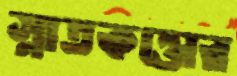
স্নাতকত্তোর